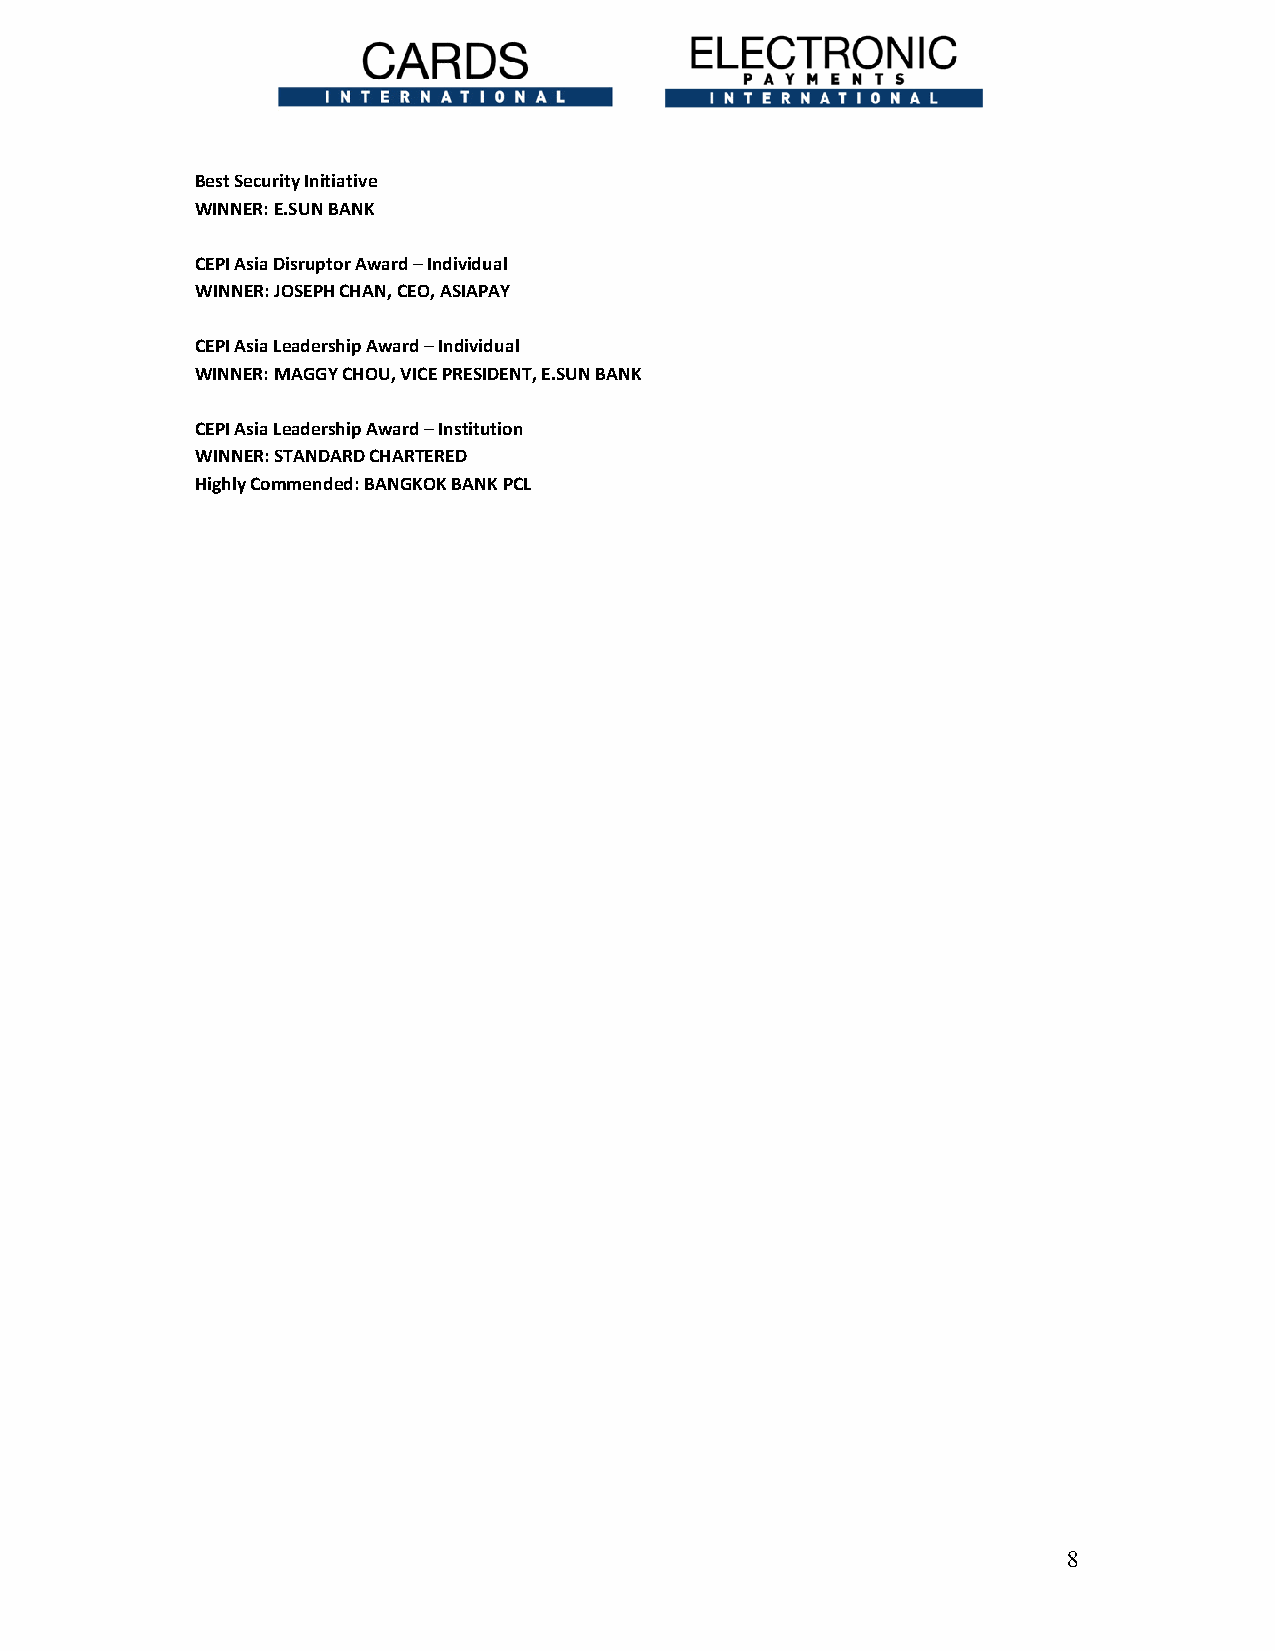
Best Security Initiative
 WINNER: E.SUN BANK
 CEPI Asia Disruptor Award – Individual
 WINNER: JOSEPH CHAN, CEO, ASIAPAY
 CEPI Asia Leadership Award – Individual
 WINNER: MAGGY CHOU, VICE PRESIDENT, E.SUN BANK
 CEPI Asia Leadership Award – Institution
 WINNER: STANDARD CHARTERED
 Highly Commended: BANGKOK BANK PCL
 8